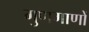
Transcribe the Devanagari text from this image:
गुणगाणों